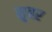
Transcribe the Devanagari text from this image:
सुबर